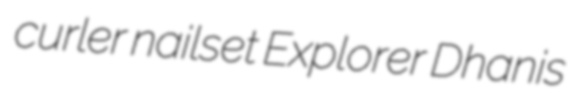
curler nailset Explorer Dhanis